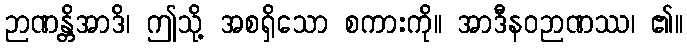
ဉာဏန္တိအာဒိ၊ ဤသို့ အစရှိသော စကားကို။ အာဒီနဝဉာဏဿ၊ ၏။